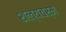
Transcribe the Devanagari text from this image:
शल्यचर्म